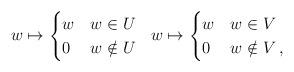
LaTeX: \begin{align*}w\mapsto \begin{cases}w & w\in U \\0 & w\notin U\end{cases} \ \ w\mapsto \begin{cases}w & w\in V \\0 & w\notin V\,,\end{cases}\end{align*}